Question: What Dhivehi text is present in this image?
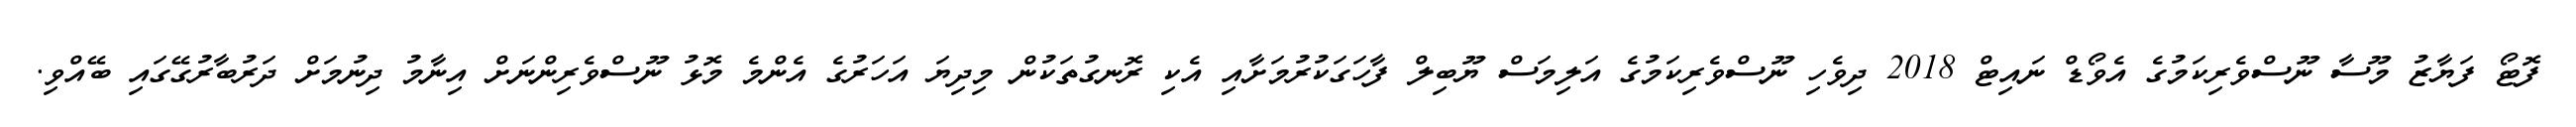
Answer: ފޮޓޯ ފަޔާޒު މޫސާ ނޫސްވެރިކަމުގެ އެވޯޑް ނައިޓް 2018 ދިވެހި ނޫސްވެރިކަމުގެ އަލިމަސް ޔޫބިލް ފާހަގަކުރުމަށާއި އެކި ރޮނގުތަކުން މިދިޔަ އަހަރުގެ އެންމެ މޮޅު ނޫސްވެރިންނަށް އިނާމު ދިނުމަށް ދަރުބާރުގޭގައި ބޭއްވި.